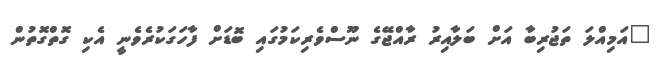
"އަމިއްލަ ތަޖުރިބާ އަށް ބަލާއިރު ރާއްޖޭގެ ނޫސްވެރިކަމުގައި ބޮޑަށް ފާހަގަކުރެވެނީ އެކި ގޮތްގޮތުން